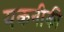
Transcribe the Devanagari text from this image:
यकनीकी